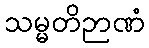
သမ္မတိဉာဏံ